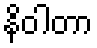
နိဝါတာ